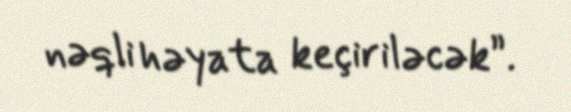
nəqli həyata keçiriləcək”.